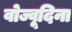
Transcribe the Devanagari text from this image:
वोज्वूदिना